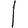
Digit: 1